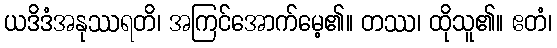
ယဒိဒံအနုဿရတိ၊ အကြင်အောက်မေ့၏။ တဿ၊ ထိုသူ၏။ ဧတံ၊